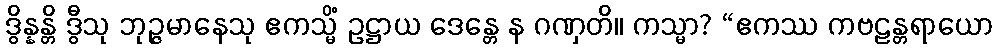
ဒွိန္နန္တိ ဒွီသု ဘုဉ္ဇမာနေသု ဧကသ္မိံ ဥဋ္ဌာယ ဒေန္တေ န ဂဏှတိ။ ကသ္မာ? “ဧကဿ ကဗဠန္တရာယော